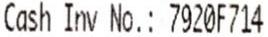
CASH INV NO.: 7920F714